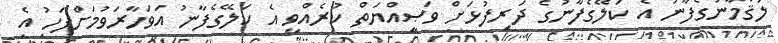
ލުޤްމާނުގެފާނު އެ ކަލޭގެފާނުގެ ދަރިފުޅަށް ވަޞިއްޔަތް ކުރެއްވީ އެ ކަލޭގެފާނު އަވަހާރަވުމަށްފަހު އެ